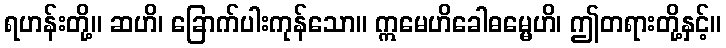
ရဟန်းတို့။ ဆဟိ၊ ခြောက်ပါးကုန်သော။ ဣမေဟိခေါဓမ္မေဟိ၊ ဤတရားတို့နှင့်။